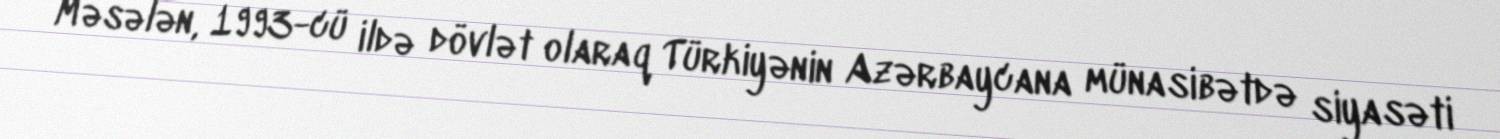
Məsələn, 1993-cü ildə dövlət olaraq Türkiyənin Azərbaycana münasibətdə siyasəti